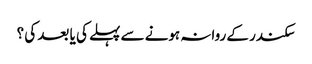
سکندر کے روانہ ہونے سے پہلے کی یا بعد کی ؟